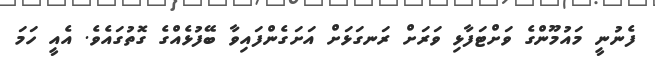
ފެނުނީ މައުމޫންގެ ވަށްޓަފާޅި ވަރަށް ރަނގަޅަށް އަށަގެންފައިވާ ބޭފުޅެއްގެ ގޮތުގައެވެ. އެއީ ހަމަ